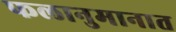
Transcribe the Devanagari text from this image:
फलानुमानात